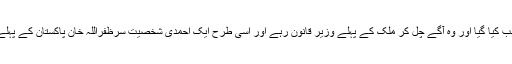
جو گندرناتھ مینڈل کو پاکستان کی پہلی قانون سازاسمبلی کے اجلاس کا عبوری صدر منتخب کیا گیا اور وہ آگے چل کر ملک کے پہلے وزیر قانون رہے اور اسی طرح ایک احمدی شخصیت سرظفراللہ خان پاکستان کے پہلے وزیر خارجہ رہے جس سے ثابت ہوتاہے کہ اس دور میں پاکستان کا ویژن سیکولر تھا ۔